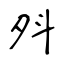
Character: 斘